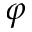
\varphi